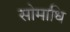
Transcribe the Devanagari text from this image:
सोमाधि